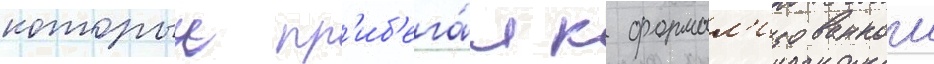
которыи пр'иб'ега́л к формал'изованнои